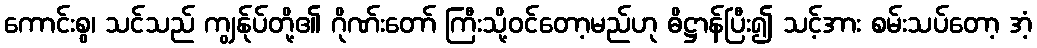
ကောင်းစွ၊ သင်သည် ကျွန်ုပ်တို့၏ ဂိုဏ်းတော် ကြီးသို့ဝင်တော့မည်ဟု ဓိဋ္ဌာန်ပြီး၍ သင့်အား စမ်းသပ်တော့ အံ့